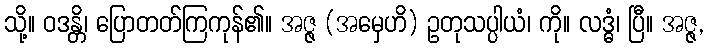
သို့။ ဝဒန္တိ၊ ပြောတတ်ကြကုန်၏။ အဇ္ဇ (အမှေဟိ) ဥတုသပ္ပါယံ၊ ကို။ လဒ္ဓံ၊ ပြီ။ အဇ္ဇ,